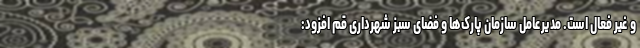
و غیر فعال است. مدیرعامل سازمان پارک‌ها و فضای سبز شهرداری قم افزود: